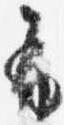
布